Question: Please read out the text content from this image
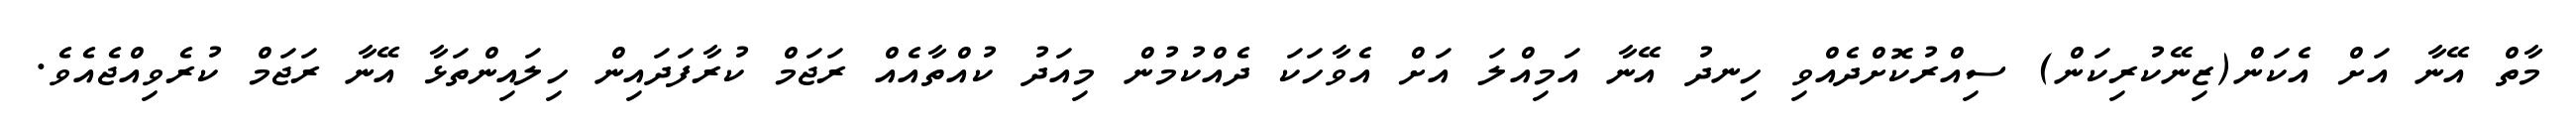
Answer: މާތް އޭނާ އަށް އެކަން(ޒިނޭކުރިކަން) ސިއްރުކޮށްދެއްވި ހިނދު އޭނާ އަމިއްލަ އަށް އެވާހަކަ ދެއްކުމުން މިއަދު ކުއްތާއެއް ރަޖަމް ކުރާފަދައިން ހިލައިންތަޅާ އޭނާ ރަޖަމް ކުރެވިއްޖެއެވެ.